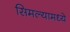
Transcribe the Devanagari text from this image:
सिमल्यामध्ये